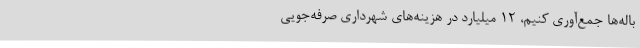
باله‌ها جمع‌آوری کنیم، 12 میلیارد در هزینه‌های شهرداری صرفه‌جویی